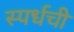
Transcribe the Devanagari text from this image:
स्पर्धची